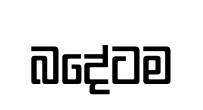
බදේටම